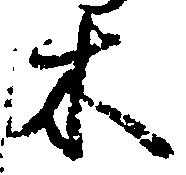
木